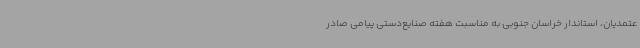
عتمدیان، استاندار خراسان جنوبی به مناسبت هفته صنایع‌دستی پیامی صادر